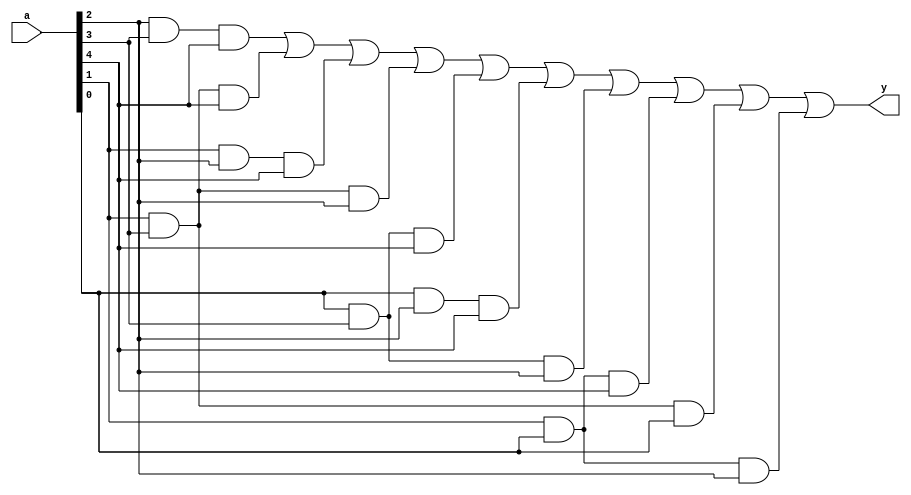
`timescale 1ns / 1ps
//////////////////////////////////////////////////////////////////////////////////
// Company: 
// Engineer: 
// 
// Design Name: 
// Module Name: majority_ckt
// Project Name: 
// Target Devices: 
// Tool Versions: 
// Description: 
// 
// Dependencies: 
// 
// Revision:
// Revision 0.01 - File Created
// Additional Comments:
// 
//////////////////////////////////////////////////////////////////////////////////


module majority_ckt(
    input [5:1] a,
    output y
    );
    
   
wire [9:0] w;

// instantiate with And Gates
and and1(w[0],a[3],a[4],a[5]);
and and2(w[1],a[2],a[4],a[5]);
and and3(w[2],a[2],a[3],a[5]);
and and4(w[3],a[2],a[4],a[3]);
and and5(w[4],a[1],a[4],a[5]);
and and6(w[5],a[1],a[3],a[5]);
and and7(w[6],a[1],a[4],a[3]);
and and8(w[7],a[2],a[1],a[5]);
and and9(w[8],a[2],a[4],a[1]);
and and10(w[9],a[2],a[1],a[3]);

or or1(y,w[0],w[1],w[2],w[3],w[4],w[5],w[6],w[7],w[8],w[9]);


endmodule